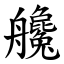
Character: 艬